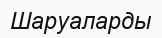
Шаруаларды